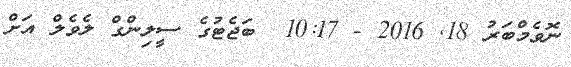
ނޮވެމްބަރު 18